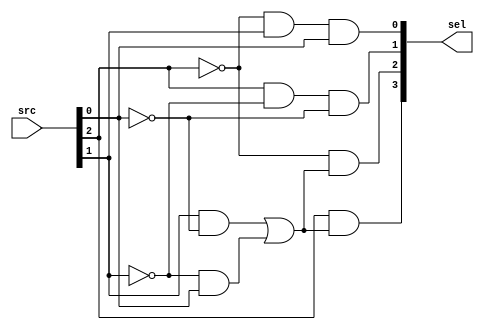

module booth_sel(
  input [2:0] src,
  output [3:0] sel

);
///y+1,y,y-1///
wire y_add,y,y_sub;
wire sel_negative,sel_double_negative,sel_positive,sel_double_positive;

assign {y_add,y,y_sub} = src;

assign sel_negative =  y_add & (y & ~y_sub | ~y & y_sub);
assign sel_positive = ~y_add & (y & ~y_sub | ~y & y_sub);
assign sel_double_negative =  y_add & ~y & ~y_sub;
assign sel_double_positive = ~y_add &  y &  y_sub;

assign sel={sel_negative,sel_positive,sel_double_negative,sel_double_positive};
endmodule

module booth_result_sel(
  input [3:0] sel,
  input [1:0] src,
  output      p 
);
////x,x-1////
wire x,x_sub;
wire sel_negative,sel_double_negative,sel_positive,sel_double_positive;
assign {sel_negative,sel_positive,sel_double_negative,sel_double_positive}=sel;
assign {x,x_sub} =src;
assign p = ~(~(sel_negative & ~x) & ~(sel_double_negative & ~x_sub) 
           & ~(sel_positive & x ) & ~(sel_double_positive &  x_sub));

endmodule

module booth_partial
#(
    parameter WIDTH = 4
)

(
  input [2*WIDTH-1:0]  x_src,
  input [2:0] y_src,
  output [2*WIDTH-1:0]   p_result,
  output                cout 
);

///y+1,y,y-1///
wire y_add,y,y_sub;

assign {y_add,y,y_sub} = y_src;
wire [3:0] sel;
wire sel_negative,sel_double_negative,sel_positive,sel_double_positive;
assign {sel_negative,sel_positive,sel_double_negative,sel_double_positive}=sel;
assign cout=sel_negative || sel_double_negative;
booth_sel booth_sel(
    .src    (y_src),
    .sel    (sel)
);

booth_result_sel partial0(.sel (sel), .src ({x_src[0],1'b0}), .p (p_result[0]));
genvar x;
generate for ( x =1;x<WIDTH*2;x=x+1) begin : gen_partial
    booth_result_sel partial(.sel (sel), .src (x_src[x:x-1]), .p (p_result[x]));
end endgenerate

endmodule